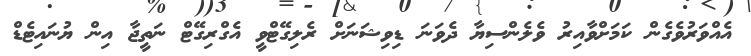
އެއްވަރުވެގެން ކަމަށްވާއިރު ވެލެންސިޔާ ދެވަނަ ޑިވިޝަނަށް ރެލިގޭޓްވީ އެގްރިގޭޓް ނަތީޖާ އިން ޔުނައިޓެޑް